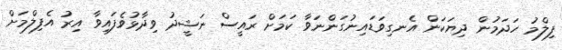
ފިލްމު ހަދަމުން ދިޔަކަން އެނގިވަޑައިނުގަންނަވާ ކަމަށް ރައީސް ނަޝީދު ވިދާޅުވެފައިވާ އިރު އެފިލްމަށް